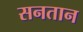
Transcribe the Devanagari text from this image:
सनतान